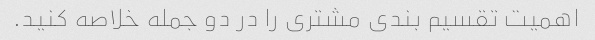
اهمیت تقسیم بندی مشتری را در دو جمله خلاصه کنید.